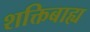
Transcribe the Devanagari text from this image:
शक्तिबाह्य